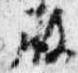
殿